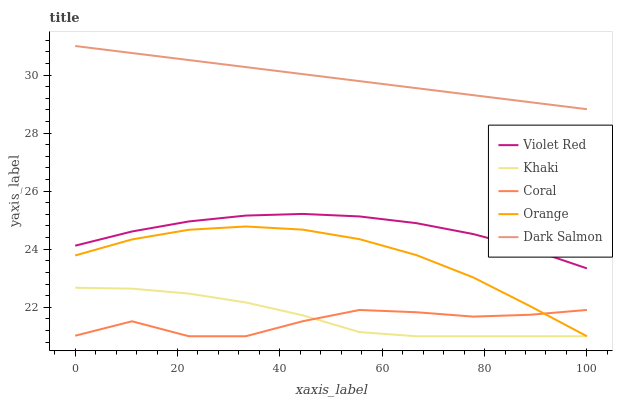
| xaxis_label | Violet Red | Khaki | Coral | Orange | Dark Salmon |
 | --- | --- | --- | --- | --- | --- |
 | 0 | 24.1 | 22.7 | 21 | 23.8 | 31 |
 | 11.1 | 24.6 | 22.6 | 21.5 | 24.3 | 30.8 |
 | 22.2 | 25 | 22.5 | 21 | 24.7 | 30.5 |
 | 33.3 | 25.2 | 22.2 | 21 | 24.8 | 30.3 |
 | 44.4 | 25.2 | 21.7 | 21.5 | 24.7 | 30 |
 | 55.6 | 25.1 | 21.1 | 21.9 | 24.3 | 29.8 |
 | 66.7 | 24.9 | 21 | 21.8 | 23.8 | 29.5 |
 | 77.8 | 24.5 | 21 | 21.7 | 23 | 29.3 |
 | 88.9 | 24 | 21 | 21.7 | 22 | 29.1 |
 | 100 | 23.3 | 21 | 21.9 | 21 | 28.8 |